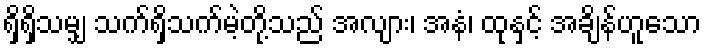
ရှိရှိသမျှ သက်ရှိသက်မဲ့တို့သည် အလျား၊ အနံ၊ ထုနှင့် အချိန်ဟူသော